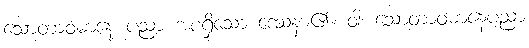
သောတာဝဓာနေ ပညာ အစရှိသော ဒေသနာ၏။ ဝါ၊ သောတာဝဓာနေပညာ